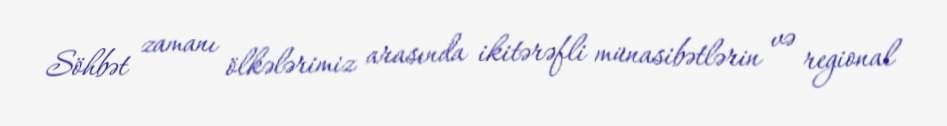
Söhbət zamanı ölkələrimiz arasında ikitərəfli münasibətlərin və regional